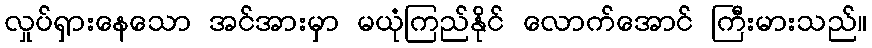
လှုပ်ရှားနေသော အင်အားမှာ မယုံကြည်နိုင် လောက်အောင် ကြီးမားသည်။